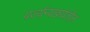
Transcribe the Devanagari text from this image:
पर्ज्यन्यछायेतील